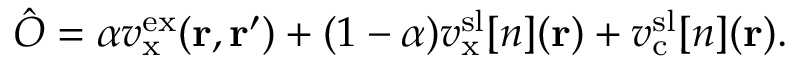
\hat { O } = \alpha v _ { \mathrm { x } } ^ { \mathrm { e x } } ( \mathbf { r } , \mathbf { r } ^ { \prime } ) + ( 1 - \alpha ) v _ { \mathrm { x } } ^ { \mathrm { s l } } [ n ] ( \mathbf { r } ) + v _ { \mathrm { c } } ^ { \mathrm { s l } } [ n ] ( \mathbf { r } ) .